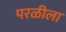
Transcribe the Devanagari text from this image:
परळीला